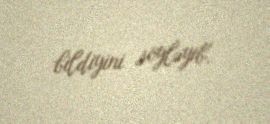
bildiyini söyləyib.